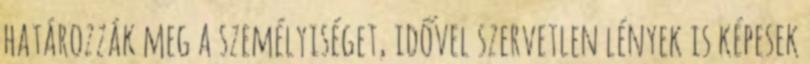
határozzák meg a személyiséget, idővel szervetlen lények is képesek